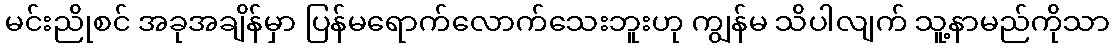
မင်းညိုစင် အခုအချိန်မှာ ပြန်မရောက်လောက်သေးဘူးဟု ကျွန်မ သိပါလျက် သူ့နာမည်ကိုသာ